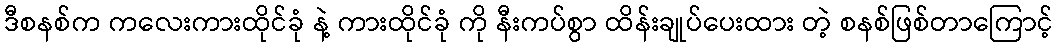
ဒီစနစ်က ကလေးကားထိုင်ခုံ နဲ့ ကားထိုင်ခုံ ကို နီးကပ်စွာ ထိန်းချုပ်ပေးထား တဲ့ စနစ်ဖြစ်တာကြောင့်